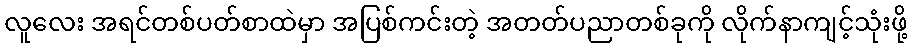
လူလေး အရင်တစ်ပတ်စာထဲမှာ အပြစ်ကင်းတဲ့ အတတ်ပညာတစ်ခုကို လိုက်နာကျင့်သုံးဖို့